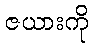
ဇယားကို